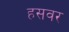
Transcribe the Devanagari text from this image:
हसवर